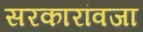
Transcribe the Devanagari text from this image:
सरकारांवजा